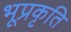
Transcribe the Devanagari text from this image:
भूप्रकृति